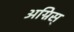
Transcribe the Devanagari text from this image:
अग्निस्